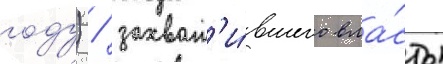
году) / захват'и́вшего вла́сть